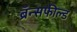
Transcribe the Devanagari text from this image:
ब्रॅन्सफील्ड